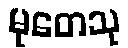
မုတေသု